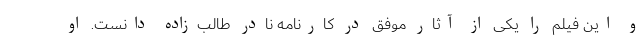
و این فیلم را یکی از آثار موفق در کارنامه نادر طالب‌زاده دانست. او